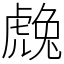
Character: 䖘